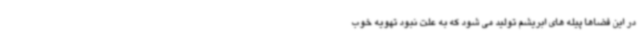
در این فضاها پیله های ابریشم تولید می شود که به علت نبود تهویه خوب